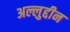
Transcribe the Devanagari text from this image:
अल्लुद्दीन